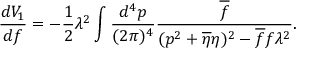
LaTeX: \frac { d V _ { 1 } } { d f } = - \frac { 1 } { 2 } \lambda ^ { 2 } \int \frac { d ^ { 4 } p } { ( 2 \pi ) ^ { 4 } } \frac { \overline { { { f } } } } { ( p ^ { 2 } + \overline { { { \eta } } } \eta ) ^ { 2 } - \overline { { { f } } } f \lambda ^ { 2 } } .